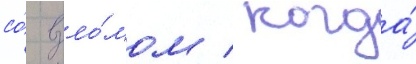
со́ взло́мом / когда́